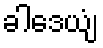
ခါဒေယျံ